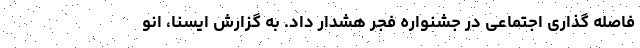
فاصله گذاری اجتماعی در جشنواره فجر هشدار داد. به گزارش ایسنا، انو